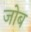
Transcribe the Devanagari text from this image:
जोब